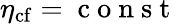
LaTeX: \eta_{\mathrm{cf}}=\mathrm{~c~o~n~s~t~}